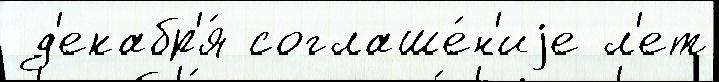
 д'екабр'я́ соглаше́н'иjе л'ет